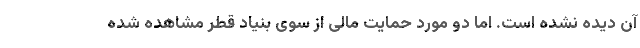
آن دیده نشده است. اما دو مورد حمایت مالی از سوی بنیاد قطر مشاهده شده